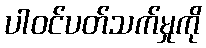
ပါဝင်ပတ်သက်မှုကို